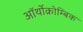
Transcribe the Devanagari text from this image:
ऑर्थोक्रोम्बिक